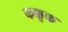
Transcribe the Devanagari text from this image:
कक्कूक